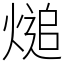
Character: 㷟